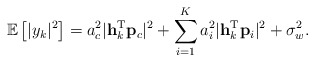
\begin{align*} \mathbb{E}\left[\lvert y_k\rvert^2\right]=a_c^2\lvert \mathbf{h}_k^{\textrm{T}}\mathbf{p}_c\rvert^2+\sum_{i=1}^K a_i^2\lvert \mathbf{h}_k^{\textrm{T}}\mathbf{p}_i\rvert^2+\sigma_w^2.\end{align*}